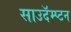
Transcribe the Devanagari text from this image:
साउदॅम्प्टन